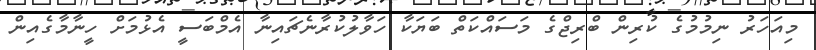
މިއަހަރު ނިމުމުގެ ކުރިން ބްރިޖްގެ މަަސައްކަތް ބަޔަކާ ހަވާލުކުރާނެޗައިނާ އެމްބަސީ އެޅުމަށް ހީނާމާގެއިން